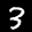
Label: 3